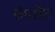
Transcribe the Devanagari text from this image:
सेपारेट